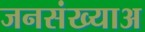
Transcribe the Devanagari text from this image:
जनसंख्याअ